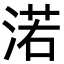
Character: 渃